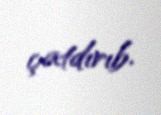
çatdırıb.